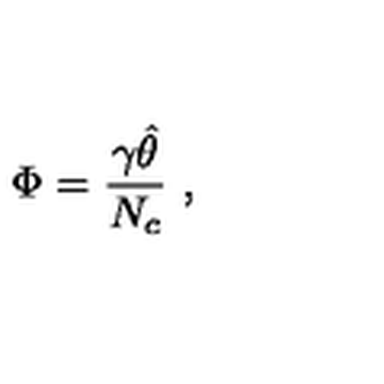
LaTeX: \Phi = \frac { \gamma \hat { \theta } } { N _ { c } } \ ,